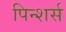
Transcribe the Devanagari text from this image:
पिन्शर्स